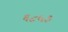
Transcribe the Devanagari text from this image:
६८५३